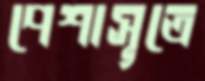
পেশাসূত্রে